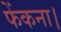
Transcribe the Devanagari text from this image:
फेंकना।